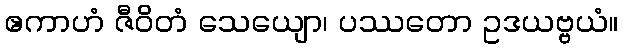
ဧကာဟံ ဇီဝိတံ သေယျော၊ ပဿတော ဥဒယဗ္ဗယံ။